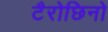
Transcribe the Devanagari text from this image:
टैरोछिनो